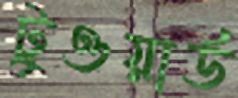
টুওয়ার্ড